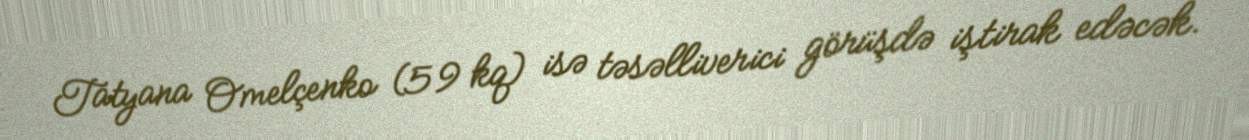
Tatyana Omelçenko (59 kq) isə təsəlliverici görüşdə iştirak edəcək.